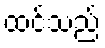
ထင်သည်